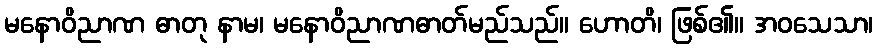
မနောဝိညာဏ ဓာတု နာမ၊ မနောဝိညာဏဓာတ်မည်သည်။ ဟောတိ၊ ဖြစ်၏။ အဝသေသာ၊